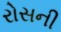
રોસની